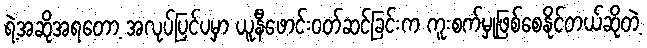
ရဲ့အဆိုအရတော့ အလုပ်ပြင်ပမှာ ယူနီဖောင်းဝတ်ဆင်ခြင်းက ကူးစက်မှုဖြစ်စေနိုင်တယ်ဆိုတဲ့